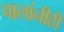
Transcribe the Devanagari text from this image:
पालांनीही